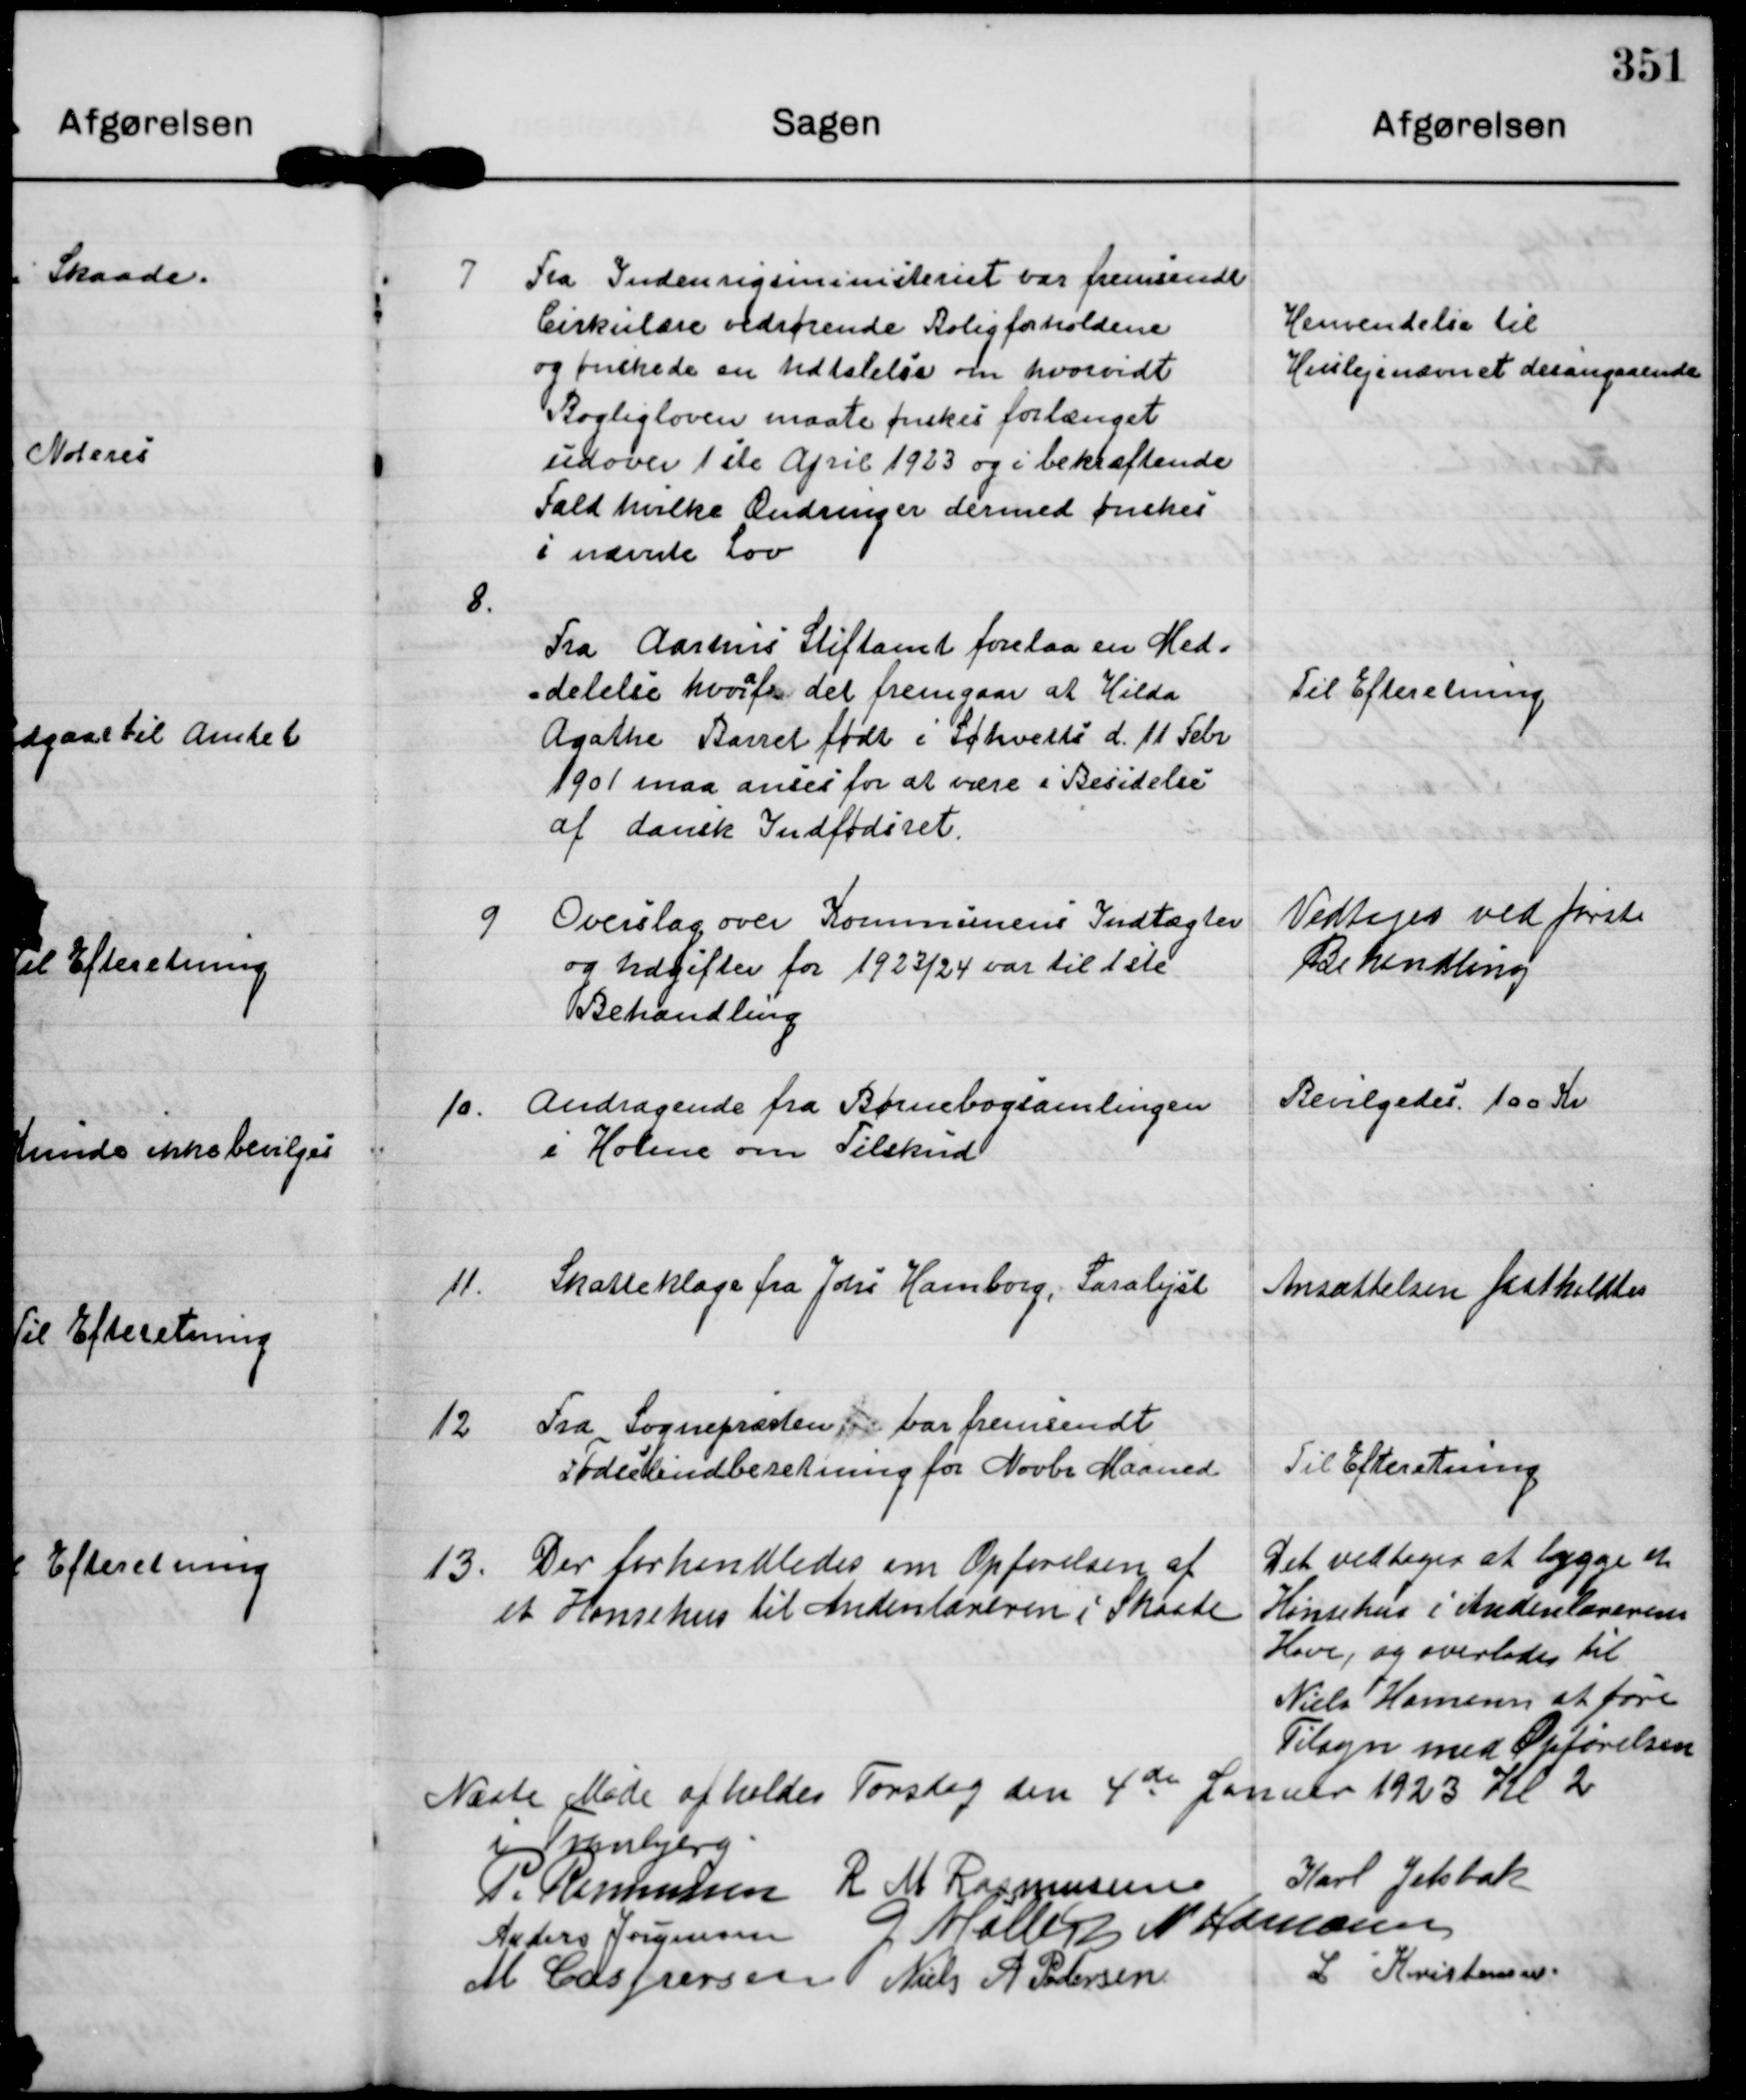
Transskription:
7
Fra Indenrigsministeriet var fremsendt
Cirkulære vedrørende Boligforholdene
og ønskede en Udtalelse om hvorvidt
Bogligloven maate ønskes forlænget
udover 1ste April 1923 og i bekræftende
Fald hvilke Ændringer dermed ønskes
i nævnte Lov

Henvendelse til
Huslejenævnet desangaaende

8.
Fra Aarhus Stiftamt forelaa en Med-
delelse hvoraf det fremgaar at Hilda
Agathe Barret født i Søhvelte d. 11 Febr
1901 maa anses for at være i Besidelse
af dansk Indfødsret.

Til Efteretning

9 Overslag over Kommunens Indtægter
og Udgifter for 1923/24 var til 1ste
Behandling

Vedtoges ved første
Behandling

10.
Andragende fra Børnebogsamlingen
i Holme om Tilskud

Bevilgedes 100 Kr

11.
Skatteklage fra Johs Hamborg, Saralyst

Ansættelsen fastholdtes

12
Fra Sognepræsten  var fremsendt
Fødselsindberetning for Novbr Maaned

Til Efteretning

13. Der forhandledes om Opførelsen af
et Hønsehus til Andenlæreren i Skaade

Det vedtoges at bygge et
Hønsehus i Andenlærerens
Have, og overlodes til
Niels Hansen at føre
Tilsyn med Opførelsen

Næste Møde afholdes Torsdag den 4de Januar 1923 Kl 2
 i Tranbjerg.

P. Rasmusen

R M Rasmussen

Karl Jelsbak

Anders Jørgensen

G Møller

N Hamann

M Caspersen

Niels A Pedersen

L Kristensen